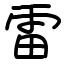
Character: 雷